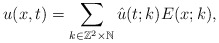
\begin{align*}u(x,t)=\sum_{k\in \mathbb{Z}^2 \times \mathbb{N}}\hat{u}(t;k) E(x;k),\end{align*}